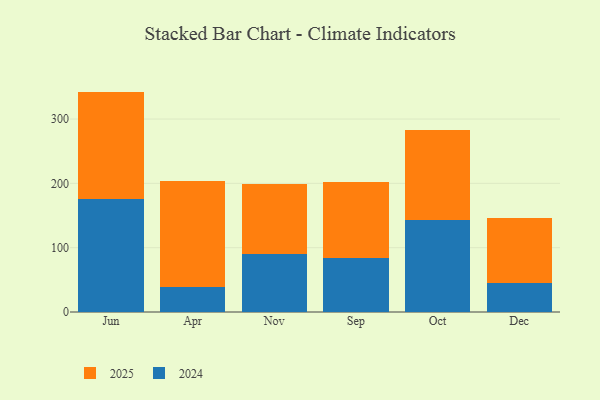
{"axis": {"x": "Month", "y": "Waste Production (Tons)"}, "legend": ["2024", "2025"], "data": [{"x": "Jun", "y": 176.4, "type": "2024"}, {"x": "Jun", "y": 166.3, "type": "2025"}, {"x": "Apr", "y": 38.8, "type": "2024"}, {"x": "Apr", "y": 164.6, "type": "2025"}, {"x": "Nov", "y": 89.7, "type": "2024"}, {"x": "Nov", "y": 108.8, "type": "2025"}, {"x": "Sep", "y": 84.4, "type": "2024"}, {"x": "Sep", "y": 117.9, "type": "2025"}, {"x": "Oct", "y": 143.5, "type": "2024"}, {"x": "Oct", "y": 139.1, "type": "2025"}, {"x": "Dec", "y": 45.3, "type": "2024"}, {"x": "Dec", "y": 100.1, "type": "2025"}]}